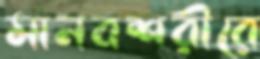
মানবশরীরে